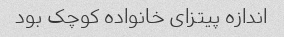
اندازه پیتزای خانواده کوچک بود